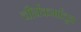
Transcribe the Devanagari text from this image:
चौर्यकर्मातून